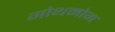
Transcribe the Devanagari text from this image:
गोथमोग